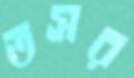
তসর